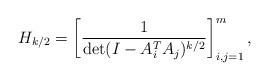
LaTeX: \begin{align*} H_{k/2} = \left[\frac{1}{\det(I-A_i^TA_j)^{k/2}} \right]_{i,j=1}^m, \end{align*}